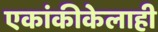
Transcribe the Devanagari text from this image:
एकांकीकेलाही